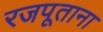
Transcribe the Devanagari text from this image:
रजपूताना